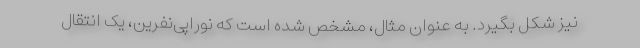
نیز شکل بگیرد. به عنوان مثال، مشخص شده است که نوراپی‌نفرین، یک انتقال